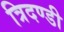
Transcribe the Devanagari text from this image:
त्रिदण्डी